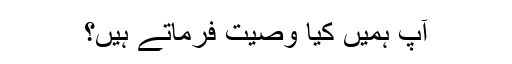
آپ ہمیں کیا وصیت فرماتے ہیں؟